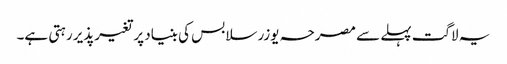
یہ لاگت پہلے سے مصرحہ یوزر سلابس کی بنیاد پر تغیرپذیر رہتی ہے۔